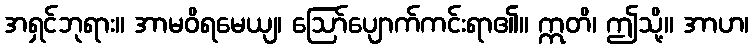
အရှင်ဘုရား။ အာမဝိရမေယျ၊ ဩော်ပျောက်ကင်းရာ၏။ ဣတိ၊ ဤသို့။ အာဟ၊